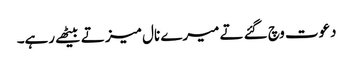
دعوت وچ گئے تے میرے نال میز تے بیٹھے رہے۔